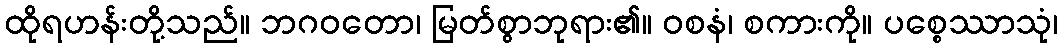
ထိုရဟန်းတို့သည်။ ဘဂဝတော၊ မြတ်စွာဘုရား၏။ ဝစနံ၊ စကားကို။ ပစ္စေဿာသုံ၊